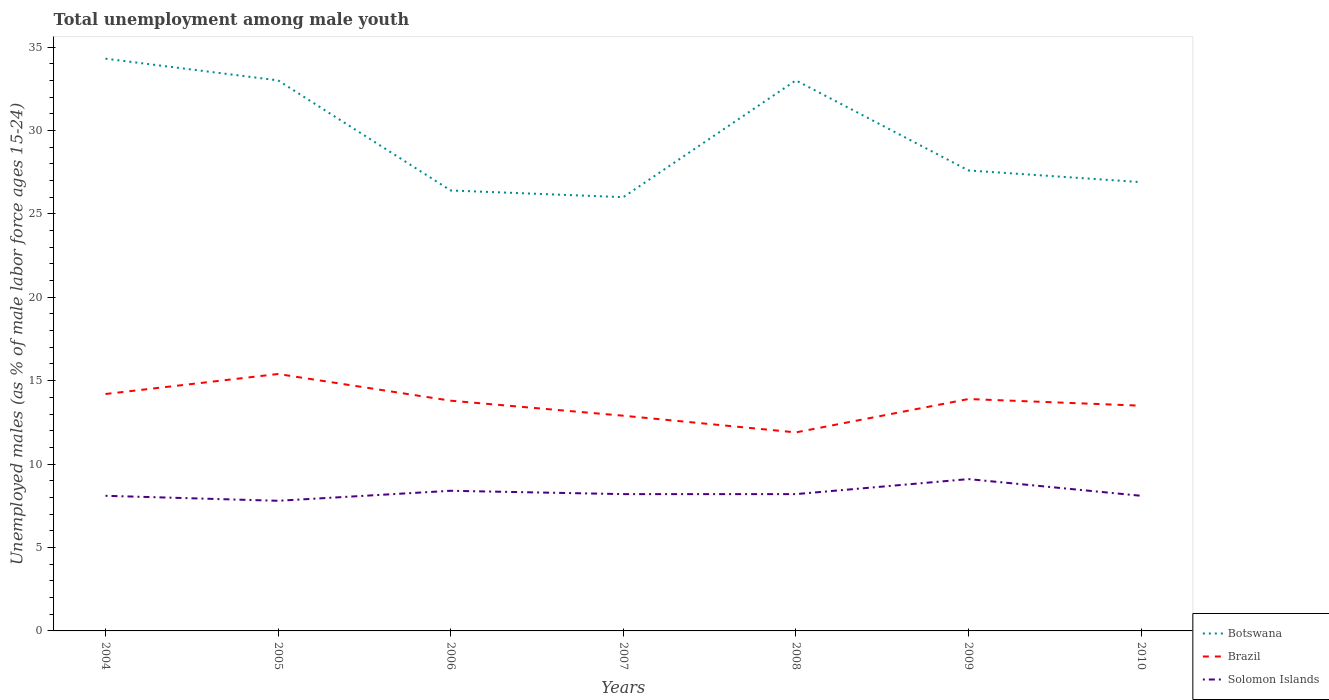
| Years | Botswana | Brazil | Solomon Islands |
 | --- | --- | --- | --- |
 | 2004 | 34.3 | 14.2 | 8.1 |
 | 2005 | 33 | 15.4 | 7.8 |
 | 2006 | 26.4 | 13.8 | 8.4 |
 | 2007 | 26 | 12.9 | 8.2 |
 | 2008 | 33 | 11.9 | 8.2 |
 | 2009 | 27.6 | 13.9 | 9.1 |
 | 2010 | 26.9 | 13.5 | 8.1 |